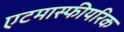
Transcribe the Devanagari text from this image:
एटमास्फीयरिक